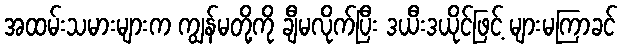
အထမ်းသမားများက ကျွန်မတို့ကို ချီမလိုက်ပြီး ဒယီးဒယိုင်ဖြင့် များမကြာခင်